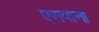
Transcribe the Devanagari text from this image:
एसपाना